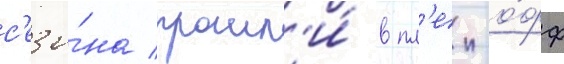
с'езо́на прошл'и́ в пл'еи-о́фф